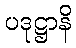
ပဒုဋ္ဌာနိ